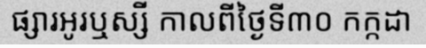
ផ្សារអូរឬស្សី កាលពីថ្ងៃទី៣០ កក្កដា